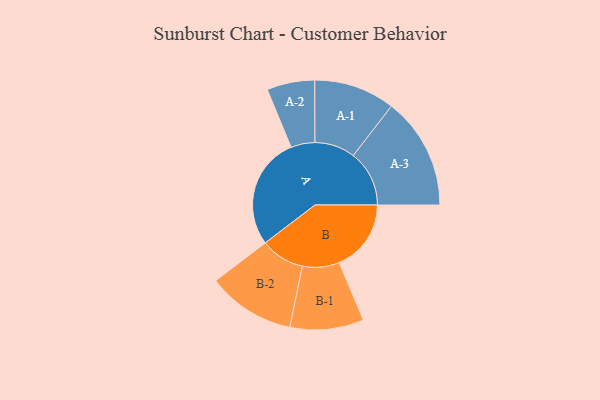
{"axis": {"x": "Segment", "y": "Value"}, "legend": ["", "A", "B"], "data": [{"x": "A", "y": 493, "type": ""}, {"x": "B", "y": 316, "type": ""}, {"x": "A-1", "y": 178, "type": "A"}, {"x": "A-2", "y": 105, "type": "A"}, {"x": "A-3", "y": 246, "type": "A"}, {"x": "B-1", "y": 162, "type": "B"}, {"x": "B-2", "y": 193, "type": "B"}]}